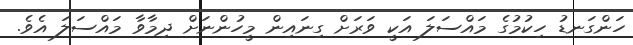
ހަންގަނޑު ހިކުމުގެ މައްސަލަ އަކީ ވަރަށް ގިނައިން މީހުންނަށް ދިމާވާ މައްސަލަ އެވެ.